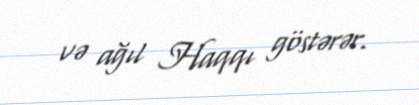
və ağıl Haqqı göstərər.